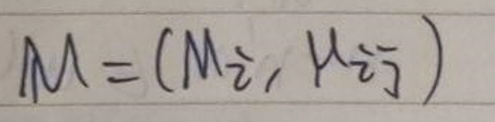
$M = ( M \hat { i }, N \hat { j } )$